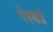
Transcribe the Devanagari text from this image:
पेस्कप्रे